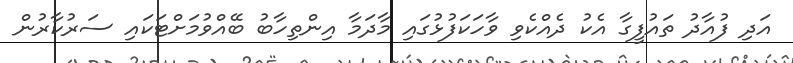
އަދި ފުއާދު ތައުފީގާ އެކު ދެއްކެވި ވާހަކަފުޅުގައި މާދަމާ އިންތިހާބު ބޭއްވުމަށްޓަކައި ސަރުކާރުން